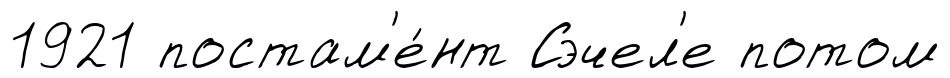
1921 постам'е́нт Сэчел'е потом